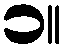
၁။